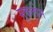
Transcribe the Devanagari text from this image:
मुकलोम